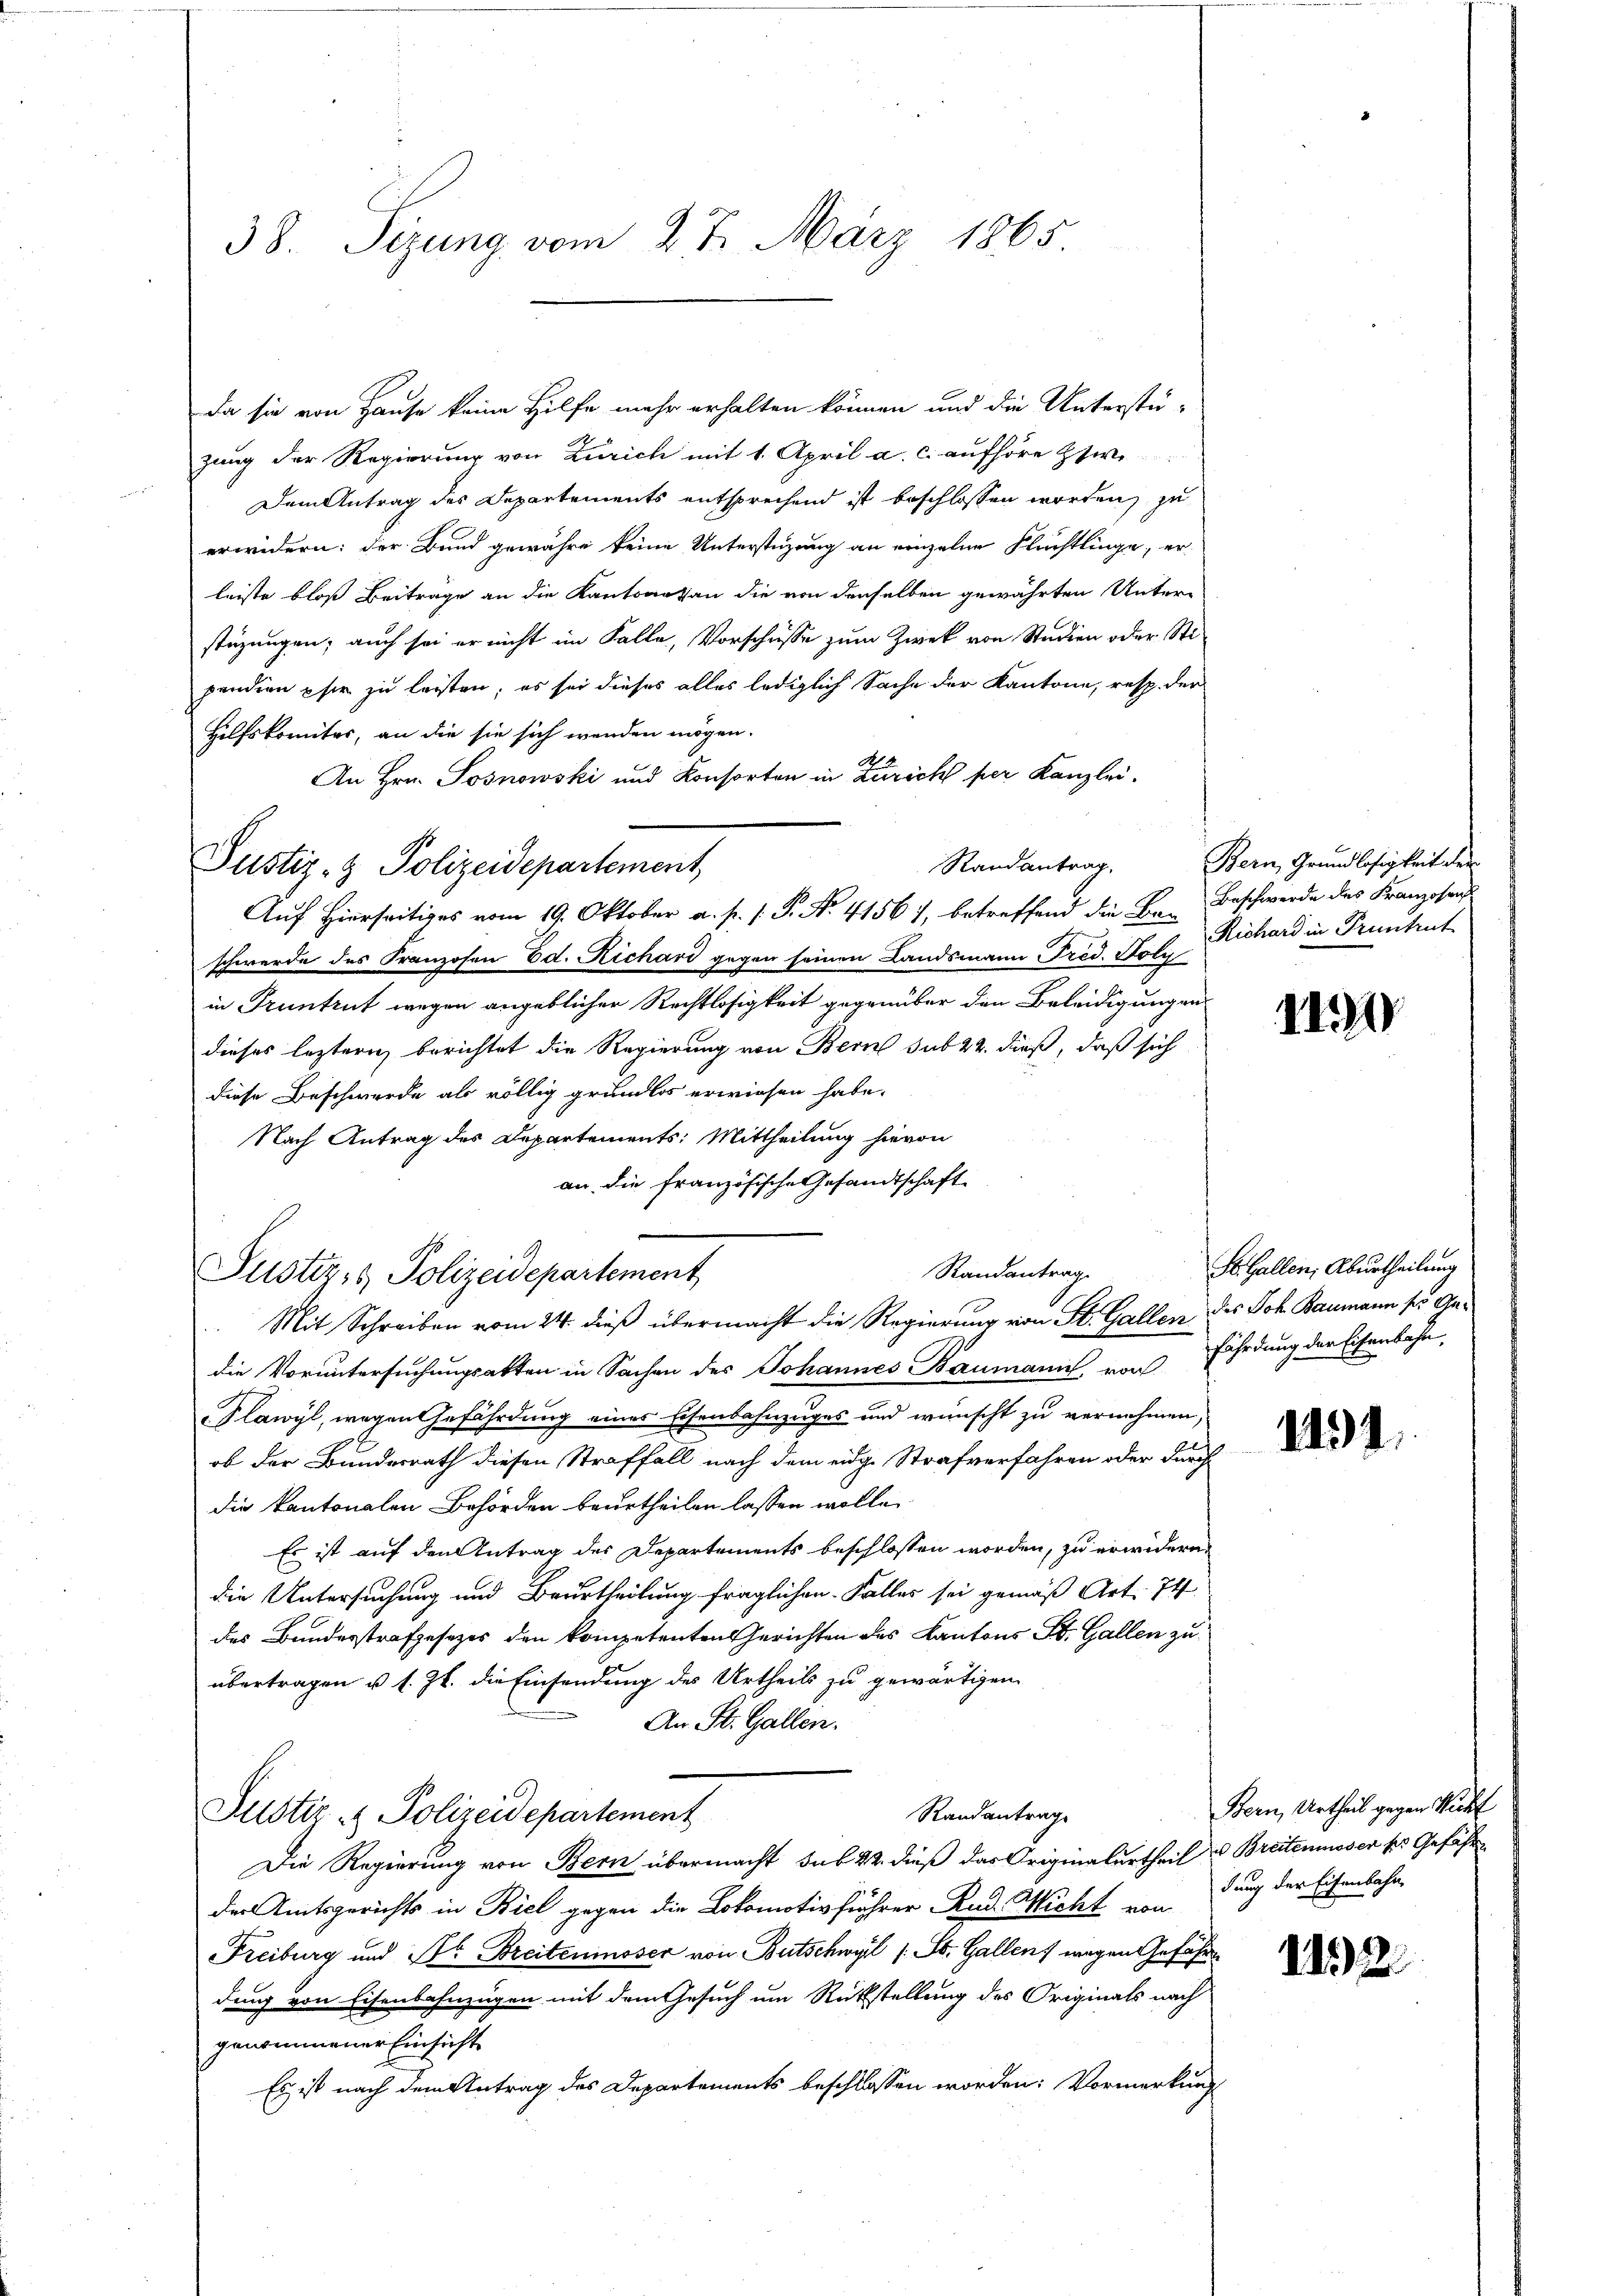
38. Seizung vom 27. März 1865.

da sie von Hause keine Hilfe mehr erhalten können und die Unterstü-
zung der Regierung von Zürich mit 1. April a. c. aufhöre zwi
Dem Antrag des Departements entsprechend ist beschlossen worden, zu
erwidern: der Bund gewähre keine Unterstüzung an einzelne Flüchtlinge, er
leiste bloß Beiträge an die Kantonaten die von denselben gewährten Unter-
stüzungen; auch sei er nicht im Falle, Vorschüsse zum Zwek von Studien oder Stipendien per zu leisten; es sei dieses alles lediglich Sache der Kantone, resp. der
Hilfskomites, an die sie sich werden mögen.
An Hrn. Sosnowski und Konsorten in Zürich per Kanzlei.
Randantrag,
Auf Hierseitiges vom 19. Oktober a. p. 1. P. Nr. 41567, betreffend die B. Beschwerde des Kranzosens
schwerde des Franzosen Ed. Richard gegen seinen Landsmann Tred. Folg
in Truntrut wegen angeblicher Rechtlosigkeit gegenüber den Beleidigungen
dieses leztern berichtet die Regierung von Bern sub 22. dieß, daß sich
diese Beschwerde als völlig grundlos erwiesen habe.
Nach Antrag des Departements: Mittheilung hievon
an die französische Gesandtschaft.
Randantrag.
die Voruntersuchungsakten in Sachen des Johannes Baumann, von Fährdung der Eisenbahn,
Plawyl, wegen Gefährdung einer Eisenbahnzuges und wünscht zu vernehmen,
ob der Bundesrath diesen Straffall nach dem eidg. Strafverfahren oder durch
die kantonalen Behörden beurtheilen lassen wolle.
Es ist auf den Antrag der Departements beschlossen worden, zu erwidern,
die Untersuchung und Beurtheilung fraglichen Falles sei gemäß Art. 74
des Bundesstrafgesezes den kompetenten Gerichten des Kantons St. Gallen zu
übertragen u. s. Zt. die Einsendung des Urtheils zu gewärtigen
An St. Gallen.
Randantrag
Justiz- & Polizeidepartement
Die Regierung von Bern übermacht sub 22. dieß das Originalurtheil u Breitenmoser pr. Gefähr
der Amtsgerichts in Biel gegen die Lokomotivführer Rud. Wicht von dung der Eisenbahn
Freiburg und Dr Breiteninsser von Bütschwyl (: St. Gallen, wegen Gefähren
ding von Eisenbahnzügen mit dem Gesuch um Rükstellung des Originals nach
genommener Einsicht
Es ist nach dem Antrag des Departements beschlossen worden: Vormerkung

Justiz- & Polizeidepartement,

Justiz- & Polizeidepartement
Mit Schreiben vom 24. dieß übermacht die Regierung von St. Gallen des Joh. Baumann so Ge¬

Bern Grundlosigkeit der
Richard in Trünhut

110

St. Gallen; Aburtheilung

1191.

Bern, Urtheil gegen Richt

182